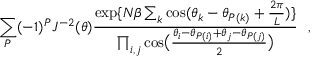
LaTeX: \sum _ { P } ( - 1 ) ^ { P } { \cal J } ^ { - 2 } ( \theta ) { \frac { \exp \{ N \beta \sum _ { k } \cos ( \theta _ { k } - \theta _ { P ( k ) } + { \frac { 2 \pi } { L } } ) \} } { \prod _ { i , j } \cos \bigl ( { \frac { \theta _ { i } - \theta _ { P ( i ) } + \theta _ { j } - \theta _ { P ( j ) } } { 2 } } \bigr ) } } ~ ~ ,